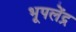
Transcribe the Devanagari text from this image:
भूपलेंद्र